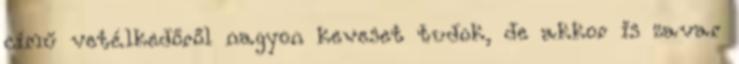
című vetélkedőről nagyon keveset tudok, de akkor is zavar